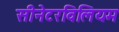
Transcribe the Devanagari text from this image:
सीनेटरविलियम